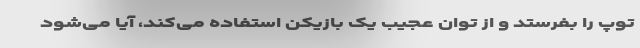
توپ را بفرستد و از توان عجیب یک بازیکن استفاده می‌کند، آیا می‌شود